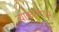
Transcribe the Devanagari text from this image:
व्याकरणास